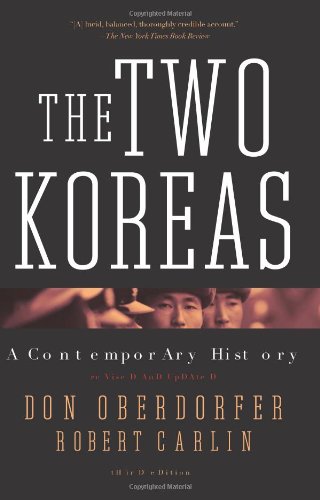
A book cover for The Two Koreas: A Contemporary History; Don Oberdorfer; History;